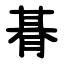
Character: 朞